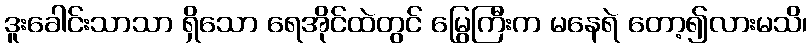
ဒူးခေါင်းသာသာ ရှိသော ရေအိုင်ထဲတွင် မြွေကြီးက မနေရဲ တော့၍လားမသိ၊